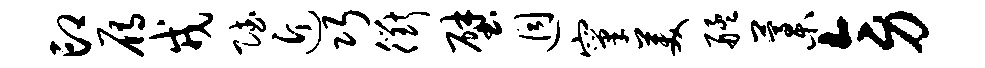
印雁戎赋近巧衢壁迥窠美艋藁旁